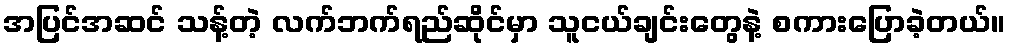
အပြင်အဆင် သန့်တဲ့ လက်ဘက်ရည်ဆိုင်မှာ သူငယ်ချင်းတွေနဲ့ စကားပြောခဲ့တယ်။